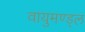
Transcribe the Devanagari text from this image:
वायुमण्ड्ल